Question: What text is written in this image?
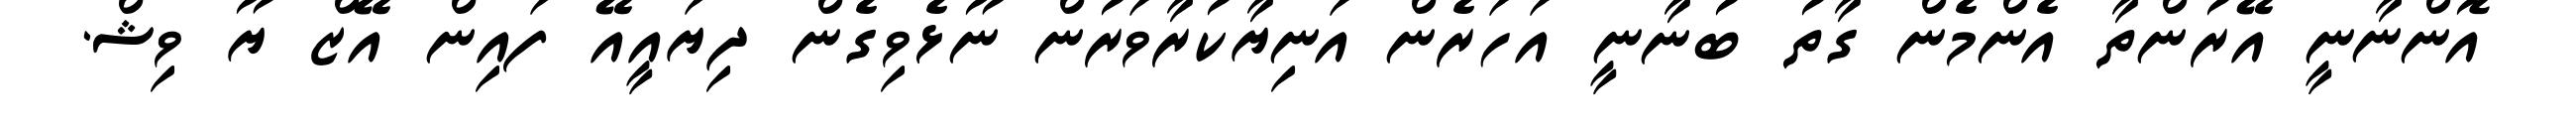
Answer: އޮންނާނީ އޭރުންތާ އެންމެން ގާތު ބުނާނީ އަހަރެން އަނިޔާކުރާވަރުން ނޫޅެވިގެން ދިޔައީއޭ ފައިން އޭޒް ޔޫ ވިޝް.